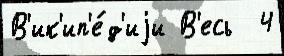
В'ик'ип'е́д'иjи В'есь  4